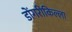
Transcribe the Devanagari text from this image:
डोंगरीकिल्ला